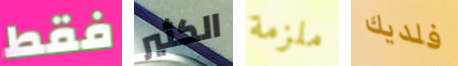
فقط الكثير ملزمة فلديك